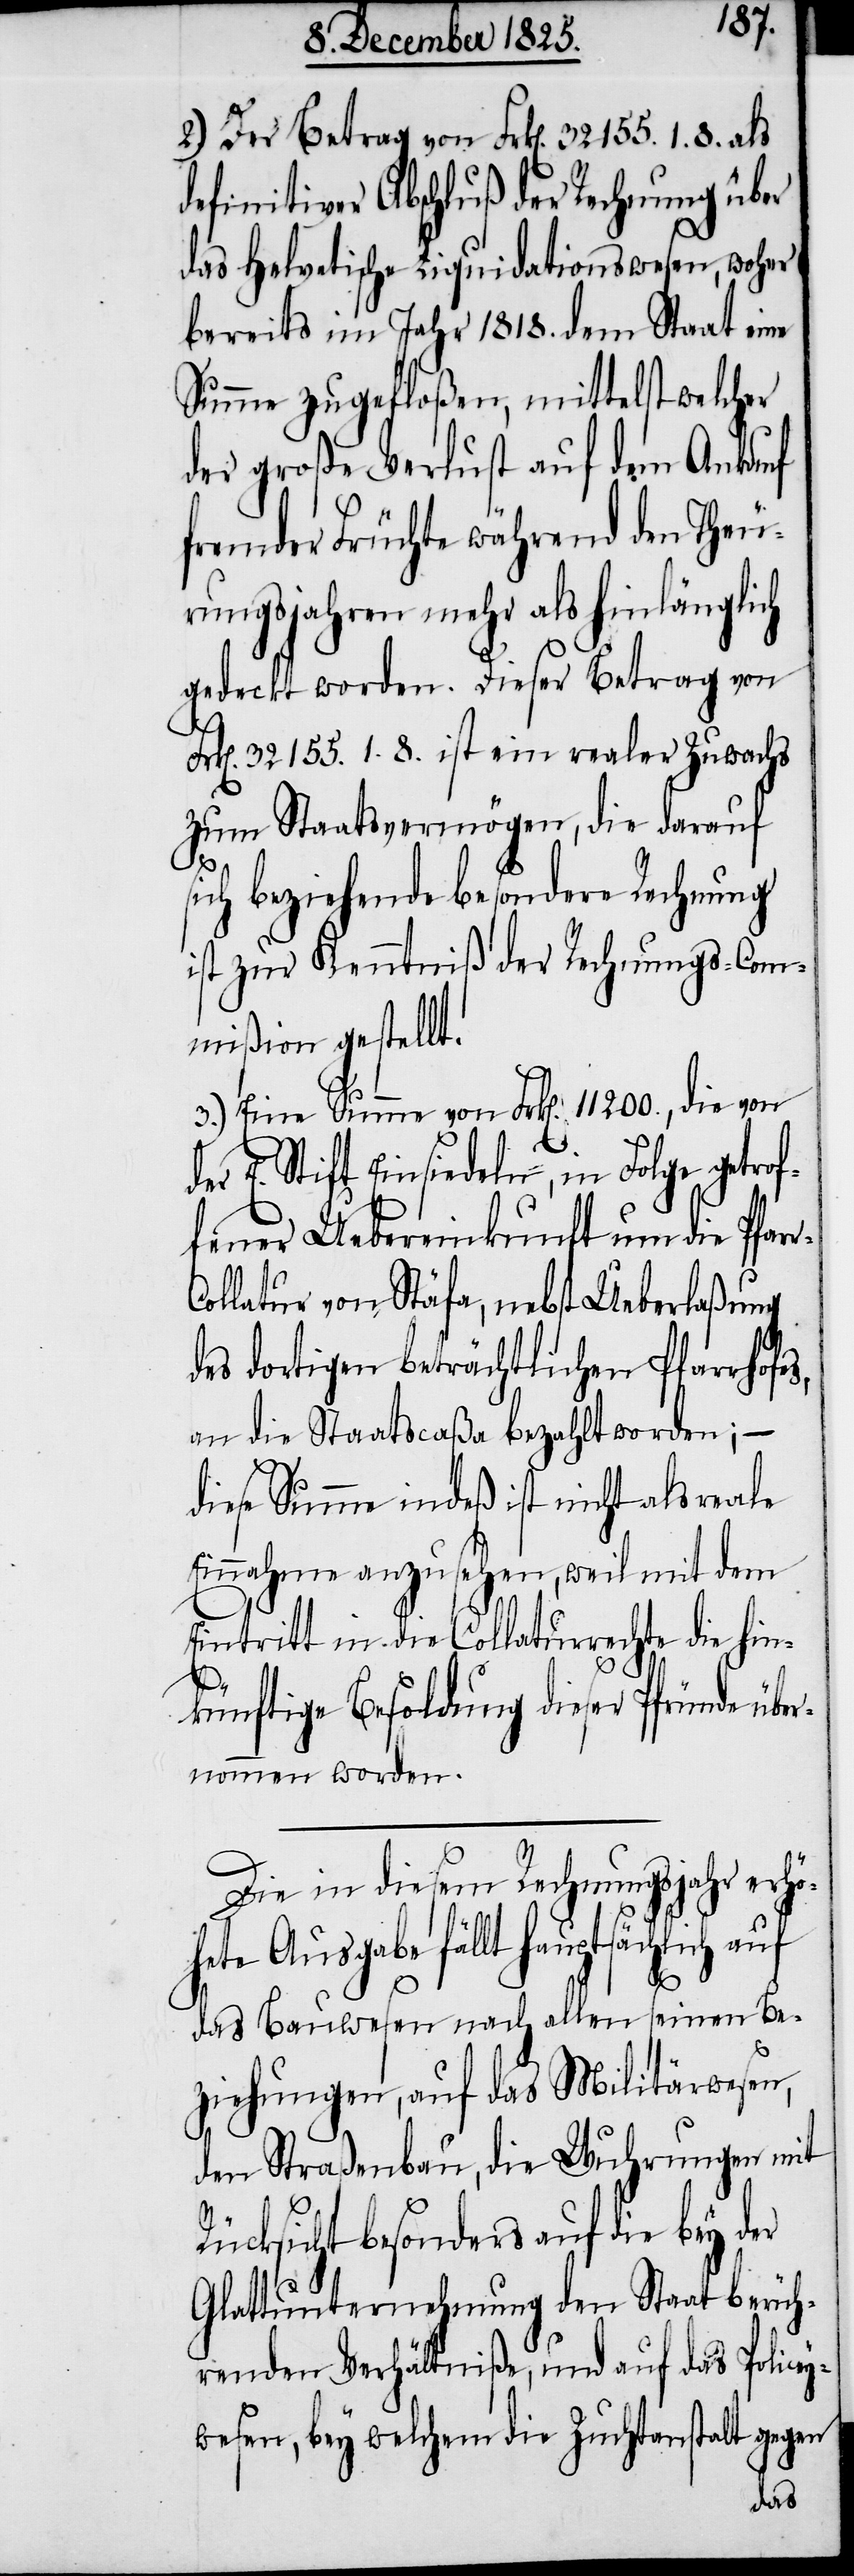
2.) Der Betrag von Frk[en]. 32 155. 1. 8. als
definitiver Abschluß der Rechnung über
das helvetische Liquidationswesen, woher
bereits im Jahr 1818. dem Staat eine
Summe zugefloßen, mittelst welcher
der große Verlust auf dem Ankauf
fremder Früchte während den Theu¬
rungsjahren mehr als hinlänglich
gedeckt worden. Dieser Betrag von
k[en]. 32155. 1. 8. ist ein realer Zuwachs
zum Staatsvermögen, die darauf
ich beziehende besondere Rechnung
ist zur Kenntniß der Rechnungs-Com¬
mißion gestellt.
3.) Eine Summe von Frk[en]. 11200., die von
der E. Stift Einsiedeln, in Folge getrof¬
fener Uebereinkunft um die Pfar¬
ollatur von Stäfa, nebst Ueberlaßung
des dortigen beträchtlichen Pfarrhofes,
an die Staatscaßa bezahlt worden; –
diese Summe indeß ist nicht als reale
Einnahme anzusehen, weil mit dem
Eintritt in die Collaturrechte die hin¬
r-C¬
künftige Besoldung dieser Pfrunde über¬
nommen worden.
Die in diesem Rechnungsjahr erhö¬
hete Ausgabe fällt hauptsächlich auf
das Bauwesen nach allen seinen Be¬
ziehungen, auf das Militärwesen,
den Straßenbau, die Wuhrungen mit
Rücksicht besonders auf die bey der
Glattunternehmung den Staat berüh¬
renden Verhältniße, und auf das Police¬
ywesen, bey welchem die Zuchtanstalt gegen